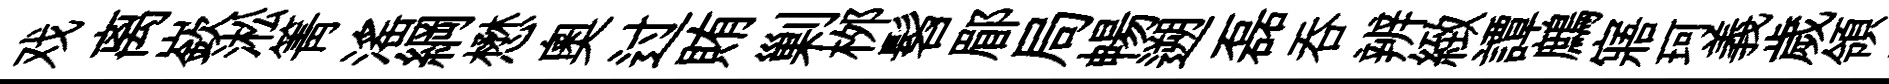
戏离嶔淞箐滛綱懋奥过賄剿桞髫郿局暢遡磊呑辨緻譚鷓寤珂義歲領緹